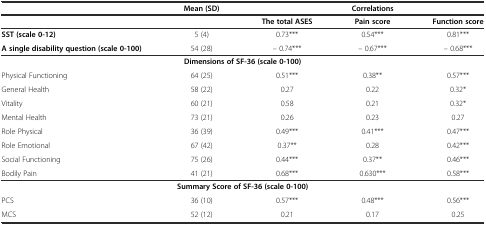
<table><thead><tr><td></td><td><b>Mean (SD)</b></td><td colspan="3"><b>Correlations</b></td></tr><tr><td></td><td></td><td><b>The total ASES</b></td><td><b>Pain score</b></td><td><b>Function score</b></td></tr></thead><tbody><tr><td><b>SST (scale 0-12)</b></td><td>5 (4)</td><td>0.73***</td><td>0.54***</td><td>0.81***</td></tr><tr><td><b>A single disability question (scale 0-100)</b></td><td>54 (28)</td><td>– 0.74***</td><td>– 0.67***</td><td>– 0.68***</td></tr><tr><td colspan="5"><b>Dimensions of SF-36 (scale 0-100)</b></td></tr><tr><td>Physical Functioning</td><td>64 (25)</td><td>0.51***</td><td>0.38**</td><td>0.57***</td></tr><tr><td>General Health</td><td>58 (22)</td><td>0.27</td><td>0.22</td><td>0.32*</td></tr><tr><td>Vitality</td><td>60 (21)</td><td>0.58</td><td>0.21</td><td>0.32*</td></tr><tr><td>Mental Health</td><td>73 (21)</td><td>0.26</td><td>0.23</td><td>0.27</td></tr><tr><td>Role Physical</td><td>36 (39)</td><td>0.49***</td><td>0.41***</td><td>0.47***</td></tr><tr><td>Role Emotional</td><td>67 (42)</td><td>0.37**</td><td>0.28</td><td>0.42***</td></tr><tr><td>Social Functioning</td><td>75 (26)</td><td>0.44***</td><td>0.37**</td><td>0.46***</td></tr><tr><td>Bodily Pain</td><td>41 (21)</td><td>0.68***</td><td>0.630***</td><td>0.58***</td></tr><tr><td colspan="5"><b>Summary Score of SF-36 (scale 0-100)</b></td></tr><tr><td>PCS</td><td>36 (10)</td><td>0.57***</td><td>0.48***</td><td>0.56***</td></tr><tr><td>MCS</td><td>52 (12)</td><td>0.21</td><td>0.17</td><td>0.25</td></tr></tbody></table>